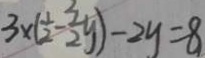
3 \times ( \frac { 1 } { 2 } - \frac { 3 } { 2 } y ) - 2 y = 8